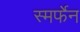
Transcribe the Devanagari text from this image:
स्मर्फेन